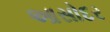
આસોદર